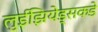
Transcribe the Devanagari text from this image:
लुईझियेड्सकडे